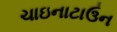
ચાઇનાટાઉન